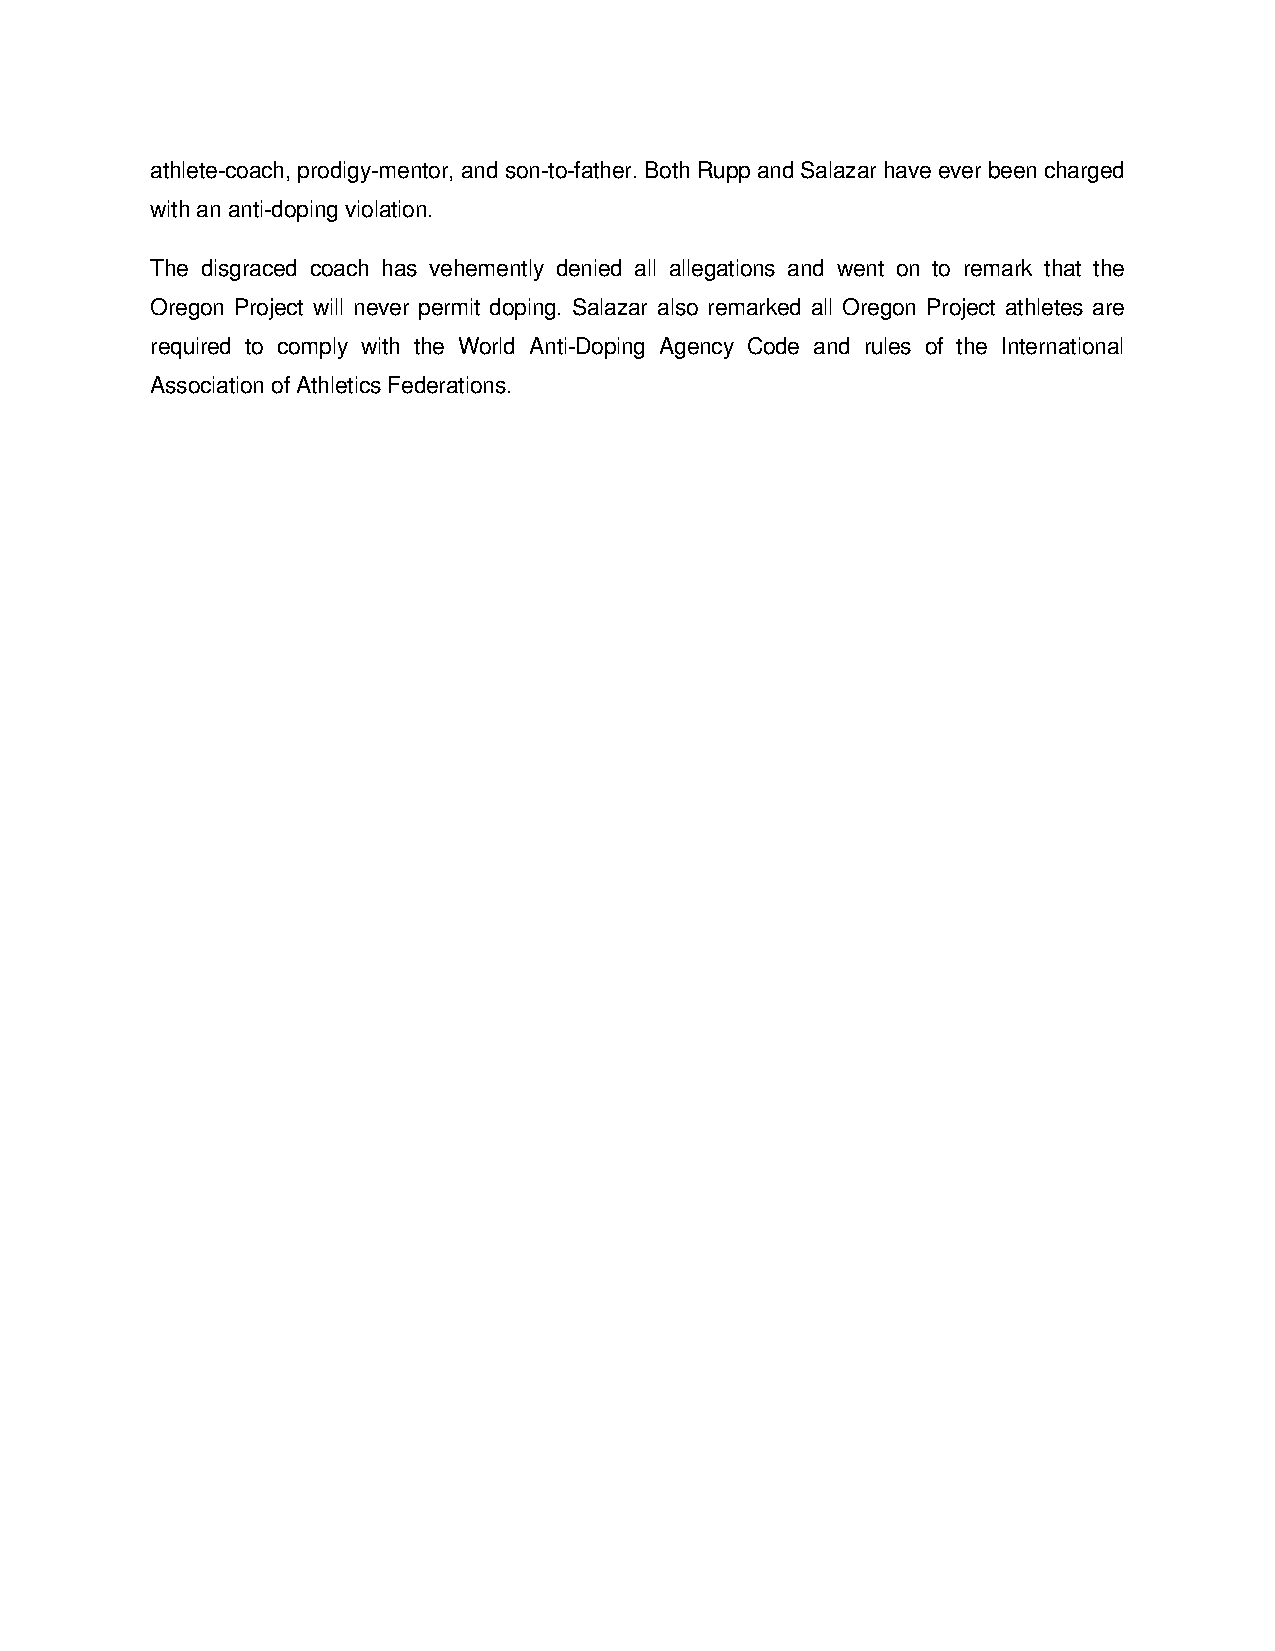
athlete­coach, prodigy­mentor, and son­to­father. Both Rupp and Salazar have ever been charged
 with an anti­doping violation.
 The disgraced coach has vehemently denied all allegations and went on to remark that the
 Oregon Project will never permit doping. Salazar also remarked all Oregon Project athletes are
 required to comply with the World Anti­Doping Agency Code and rules of the International
 Association of Athletics Federations.